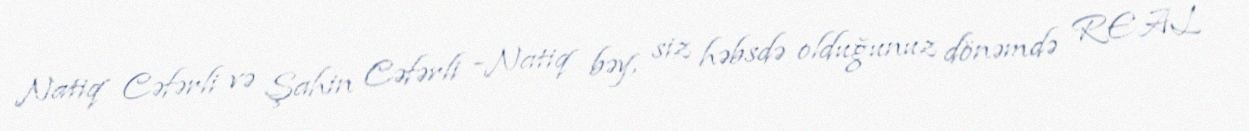
Natiq Cəfərli və Şahin Cəfərli -Natiq bəy, siz həbsdə olduğunuz dönəmdə REAL